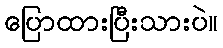
ပြောထားပြီးသားပဲ။